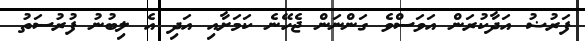
ފަރުޟު އަދާކުރަން އަވަސްވެ ގަންނަން ޖެހޭނެ ކަމަށާއި އަދި އެ ލިބުނުު ފުރުސަތު